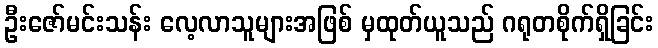
ဦးဇော်မင်းသန်း လေ့လာသူများအဖြစ် မှထုတ်ယူသည် ဂရုတစိုက်ရှိခြင်း